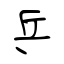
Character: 乒